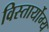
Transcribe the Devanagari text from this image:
विस्तार्योग्य